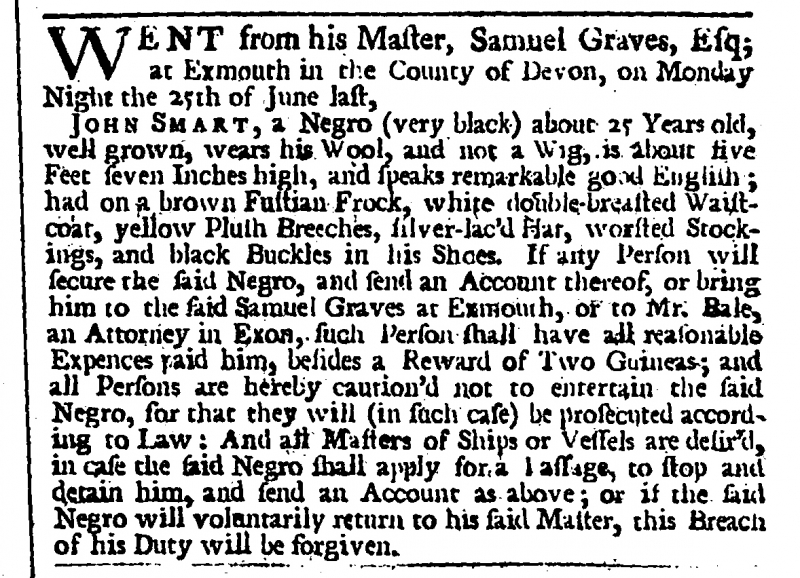
London Evening Post, 5 July 1753 (England)
WENT from his Master, Samuel Graves, Esq; at Exmouth in the County of Devon, on Monday Night the 25th of June last,  JOHN SMART, a Negro (very black) about 25 Years old, well grown, wears his Wool, and not a Wig, is about five Feet seven Inches high, and speaks remarkable good English; had on a brown Fustian Frock, white double-breasted Waistcoat, yellow Plush Breeches, silver-lac’d Hat, worsted Stockings, and black Buckles in his Shoes. If any Person will secure the said Negro, and send an Account thereof, or bring him to the said Samuel Graves at Exmouth, or to Mr. Bale, an Attorney in Exon, such Person shall have all reasonable Expences paid him, besides a Reward of Two Guineas; and all Persons are hereby caution’d not to entertain the said Negro, for that they will (in such case) be prosecuted according to Law: And all Masters of Ships or Vessels are desir’d in case the said Negro shall apply for a passage, to stop and detain him, and send an Account as above; or if the said Negro will voluntarily return to his said Master, this Breach of his Duty will be forgiven.